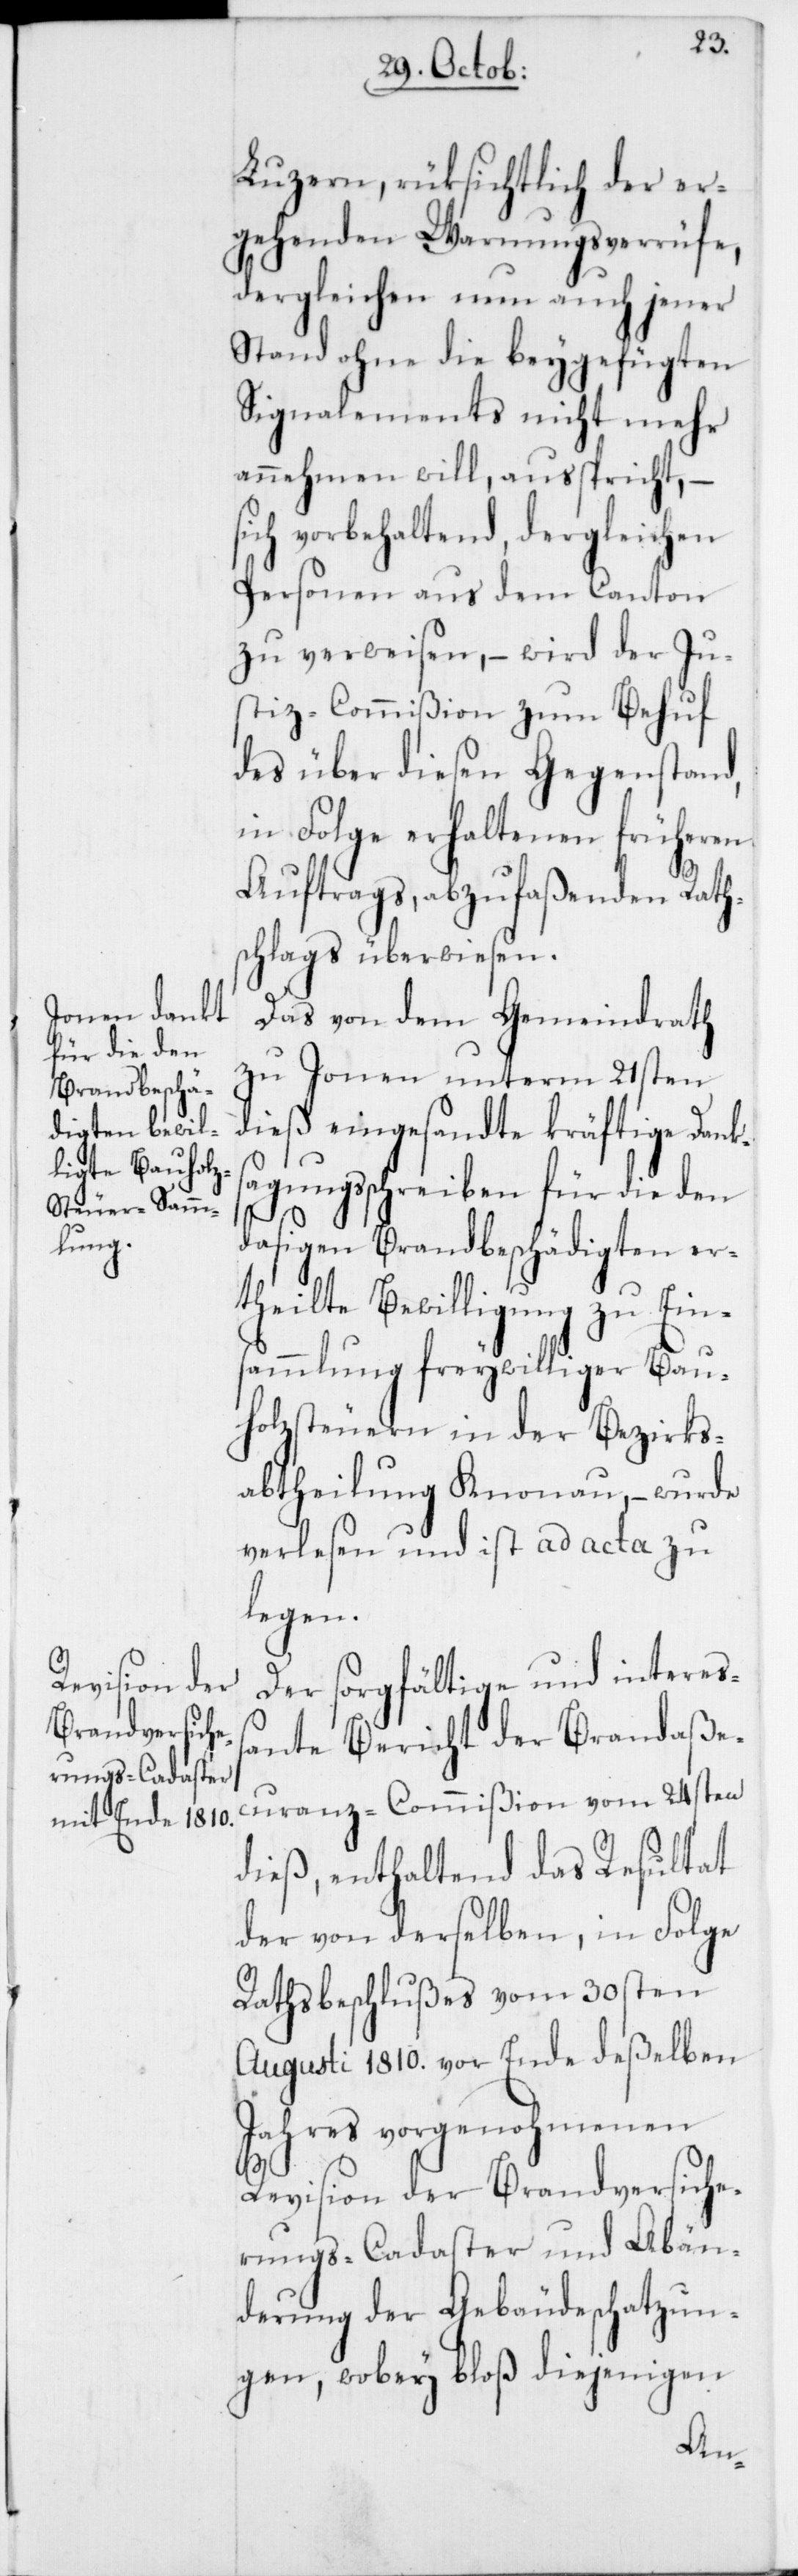
Luzern, rüksichtlich der er¬
gehenden Warnungsverrüfe,
dergleichen nun auch jener
Stand ohne die beygefügten
Signalements nicht mehr
annehmen will, ausspricht, –
sich vorbehaltend, dergleichen
Personen aus dem Canton
zu verweisen, – wird der Ju¬
stiz-Commißion zum Behuf
des über diesen Gegenstand,
in Folge erhaltenen früheren
Auftrags, abzufaßenden Rath¬
schlags überwiesen.
Das von dem Gemeindrath
zu Jonen unterm 21sten
dieß eingesandte kräftige Dank¬
sagungsschreiben für die den
dasigen Brandbeschädigten er¬
theilte Bewilligung zu Ein¬
sammlung freywilliger Bau¬
holzsteuern in der Bezirks¬
abtheilung Knonau, – wurde
verlesen und ist ad acta zu
legen.
Der sorgfältige und interes¬
sante Bericht der Brandaße¬
curanz-Commißion vom 24sten
dieß, enthaltend das Resultat
der von derselben, in Folge
Rathsbeschlußes vom 30sten
Augusti 1810. vor Ende deßelben
Jahres vorgenohmenen
Revision der Brandversiche¬
rungs-Cadaster und Abän¬
derung der Gebäudeschatzun¬
gen, wobey bloß diejenigen